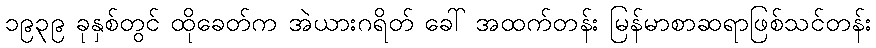
၁၉၃၉ ခုနှစ်တွင် ထိုခေတ်က အဲယားဂရိတ် ခေါ် အထက်တန်း မြန်မာစာဆရာဖြစ်သင်တန်း